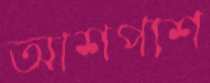
আশপাশ